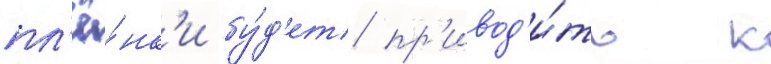
пл'ё́нк'и бу́д'ет пр'ивод'и́ть к